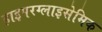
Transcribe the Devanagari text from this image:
हाइपरग्लाइसेमिक